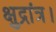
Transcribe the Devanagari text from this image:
क्षुद्रांत्र।